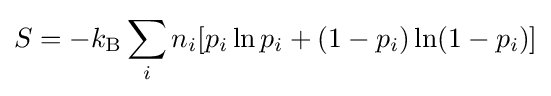
S=-k_{\rm {B}}\sum _{i}n_{i}[p_{i}\ln p_{i}+(1-p_{i})\ln(1-p_{i})]